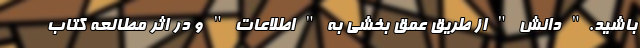
باشید." دانش " از طریق عمق بخشی به " اطلاعات " و در اثر مطالعه کتاب